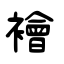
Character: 襘